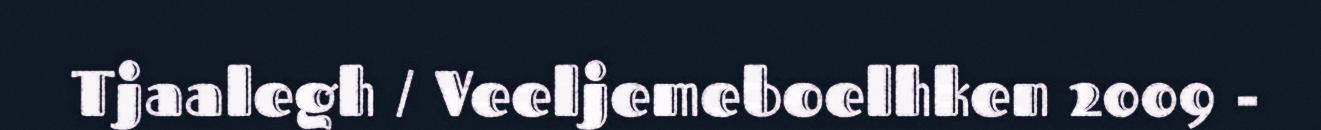
Tjaalegh / Veeljemeboelhken 2009 -